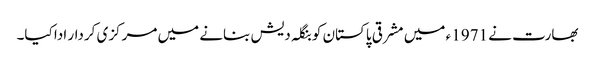
بھارت نے 1971 ء میں مشرقی پاکستان کو بنگلہ دیش بنانے میں مرکزی کردار ادا کیا۔